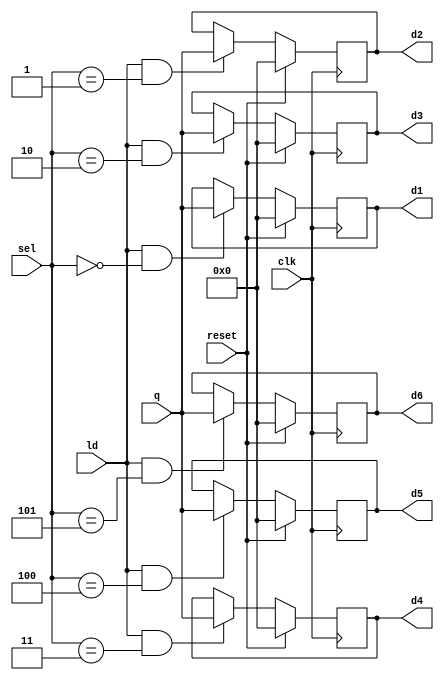
module regArraySize6(clk,reset,q,d1,d2,d3,d4,d5,d6,ld,sel);

//Inputs
input clk,reset,ld;
input [3:0] sel;
input [15:0] q;

//Output
output reg [15:0] d1,d2,d3,d4,d5,d6;

always @(posedge clk)
begin
	if(reset)
		d1 <= 0;
	else if(ld && (sel == 0))
		d1 <=q;
end

always @(posedge clk)
begin
	if(reset)
		d2 <= 0;
	else if(ld && (sel == 1))
		d2 <=q;
end

always @(posedge clk)
begin
	if(reset)
		d3 <= 0;
	else if(ld && (sel == 2))
		d3 <=q;
end

always @(posedge clk)
begin
	if(reset)
		d4 <= 0;
	else if(ld && (sel == 3))
		d4 <=q;
end

always @(posedge clk)
begin
	if(reset)
		d5 <= 0;
	else if(ld && (sel == 4))
		d5 <=q;
end

always @(posedge clk)
begin
	if(reset)
		d6 <= 0;
	else if(ld && (sel == 5))
		d6 <=q;
end

endmodule